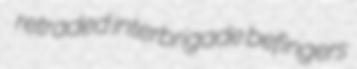
retraded interbrigade befingers